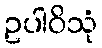
ဥပါဝိသုံ